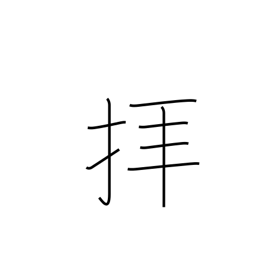
Meaning: pray to